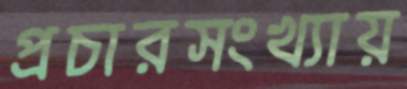
প্রচারসংখ্যায়